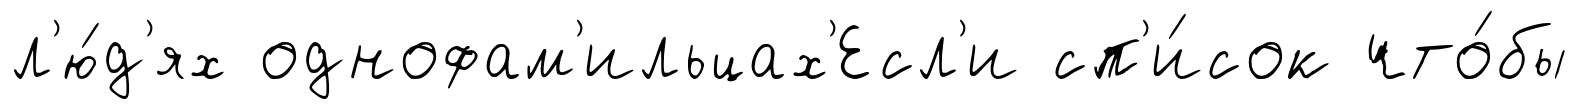
л'ю́д'ях однофам'ильцах'Есл'и сп'и́сок что́бы